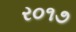
ર૦૧૭